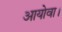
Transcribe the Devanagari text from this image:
आयोवा।